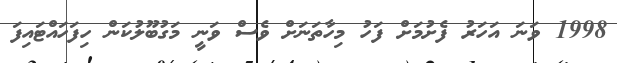
1998 ވަނަ އަހަރު ފެށުމަށް ފަހު މިހާތަނަށް ވެސް ވަނީ މަގުބޫލުކަން ހިފަހައްޓައިފަ